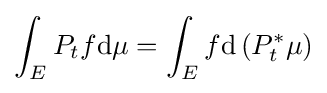
\int _{E}P_{t}f\mathrm {d\mu } =\int _{E}f\mathrm {d} \left(P_{t}^{*}\mu \right)